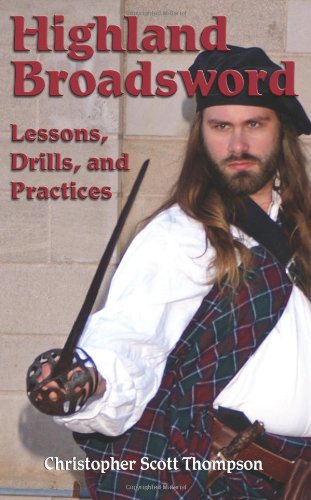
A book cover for Highland Broadsword: Lessons, Drills, and Practices; Christopher Scott Thompson; Sports & Outdoors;